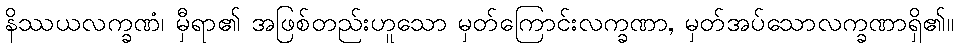
နိဿယလက္ခဏံ၊ မှီရာ၏ အဖြစ်တည်းဟူသော မှတ်ကြောင်းလက္ခဏာ, မှတ်အပ်သောလက္ခဏာရှိ၏။